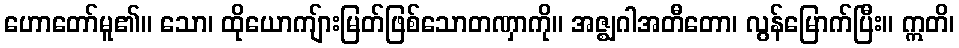
ဟောတော်မူ၏။ သော၊ ထိုယောကျ်ားမြတ်ဖြစ်သောတဏှာကို။ အဇ္ဈဂါအတီတော၊ လွန်မြောက်ပြီး။ ဣတိ၊